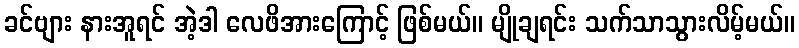
ခင်ဗျား နားအူရင် အဲ့ဒါ လေဖိအားကြောင့် ဖြစ်မယ်။ မျိုချရင်း သက်သာသွားလိမ့်မယ်။